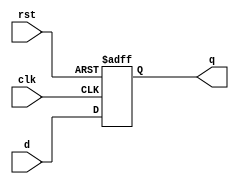
`timescale 1ns / 1ps


module dff_async_reset( d,clk,rst,q );
    output q;
    input d,clk,rst;
    reg q;
    always@(posedge clk or negedge rst)
        if(~rst)
            q<=1'b0;
        else
            q<=d;
endmodule